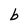
Character: b